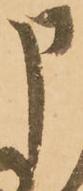
申